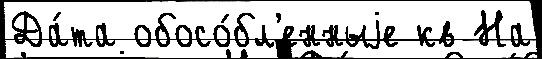
Да́та обосо́бл'енныjе кв На